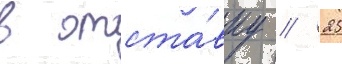
в отста́вку // 25